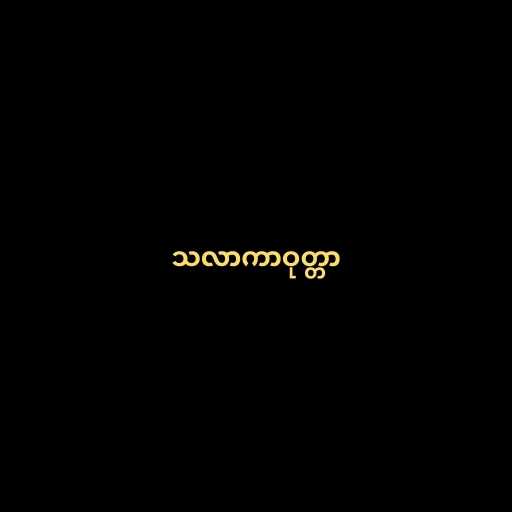
သလာကာဝုတ္တာ